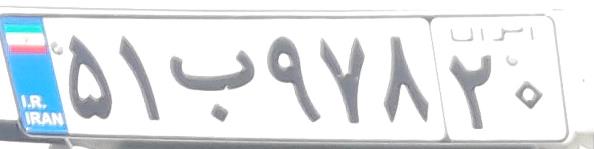
۵۱ب۹۷۸۲۰